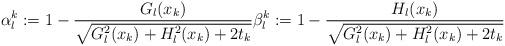
LaTeX: \begin{align*}\alpha^k_l:=1-\frac{G_l(x_k)}{\sqrt{G_l^2(x_k)+H_l^2(x_k)+2t_k}}\beta^k_l:=1-\frac{H_l(x_k)}{\sqrt{G_l^2(x_k)+H_l^2(x_k)+2t_k}}\end{align*}